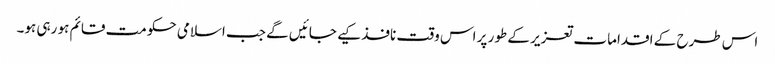
اس طرح کے اقدامات تعزیر کے طور پر اس وقت نافذ کیے جائیں گے جب اسلامی حکومت قائم ہو رہی ہو۔